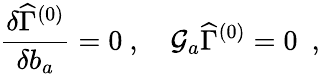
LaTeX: {{\frac{\delta\widehat\Gamma^{(0)}}{\delta b_{a}}}}=0\ ,\quad{\cal G}_{a}\widehat{\Gamma}^{(0)}=0~~,